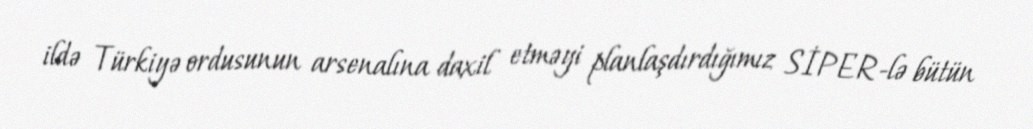
ildə Türkiyə ordusunun arsenalına daxil etməyi planlaşdırdığımız SİPER-lə bütün